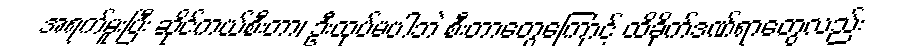
အရက်မူးပြီး ဆိုင်ကယ်စီးတာ၊ ဦးထုပ်မပါဘဲ စီးတာတွေကြောင့် ထိခိုက်ဒဏ်ရာတွေလည်း